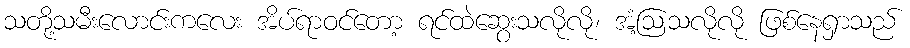
သတို့သမီးလောင်းကလေး အိပ်ရာဝင်တော့ ရင်ထဲဆွေးသလိုလို၊ အံ့ဩသလိုလို ဖြစ်နေရှာသည်